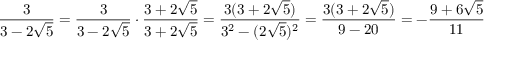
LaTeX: { \frac { 3 } { 3 - 2 { \sqrt { 5 } } } } = { \frac { 3 } { 3 - 2 { \sqrt { 5 } } } } \cdot { \frac { 3 + 2 { \sqrt { 5 } } } { 3 + 2 { \sqrt { 5 } } } } = { \frac { 3 ( 3 + 2 { \sqrt { 5 } } ) } { { 3 } ^ { 2 } - ( 2 { \sqrt { 5 } } ) ^ { 2 } } } = { \frac { 3 ( 3 + 2 { \sqrt { 5 } } ) } { 9 - 2 0 } } = - { \frac { 9 + 6 { \sqrt { 5 } } } { 1 1 } }